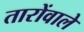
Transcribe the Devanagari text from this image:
तारोंवाले